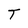
Character: T